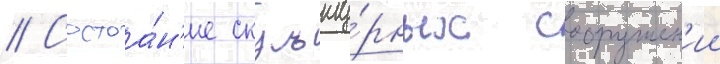
// Состоа́н'ие скульпту́рных сооружен'ии